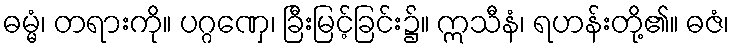
ဓမ္မံ၊ တရားကို။ ပဂ္ဂဏှေ၊ ခြီးမြင့်ခြင်း၌။ ဣသီနံ၊ ရဟန်းတို့၏။ ဓဇံ၊